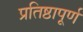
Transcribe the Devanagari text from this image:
प्रतिष्ठापूर्ण